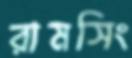
রামসিং